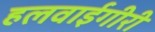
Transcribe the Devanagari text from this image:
हलवाईगीरी